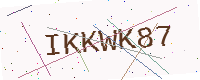
Text: IKKWK87